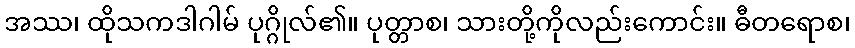
အဿ၊ ထိုသကဒါဂါမ် ပုဂ္ဂိုလ်၏။ ပုတ္တာစ၊ သားတို့ကိုလည်းကောင်း။ ဓီတရောစ၊